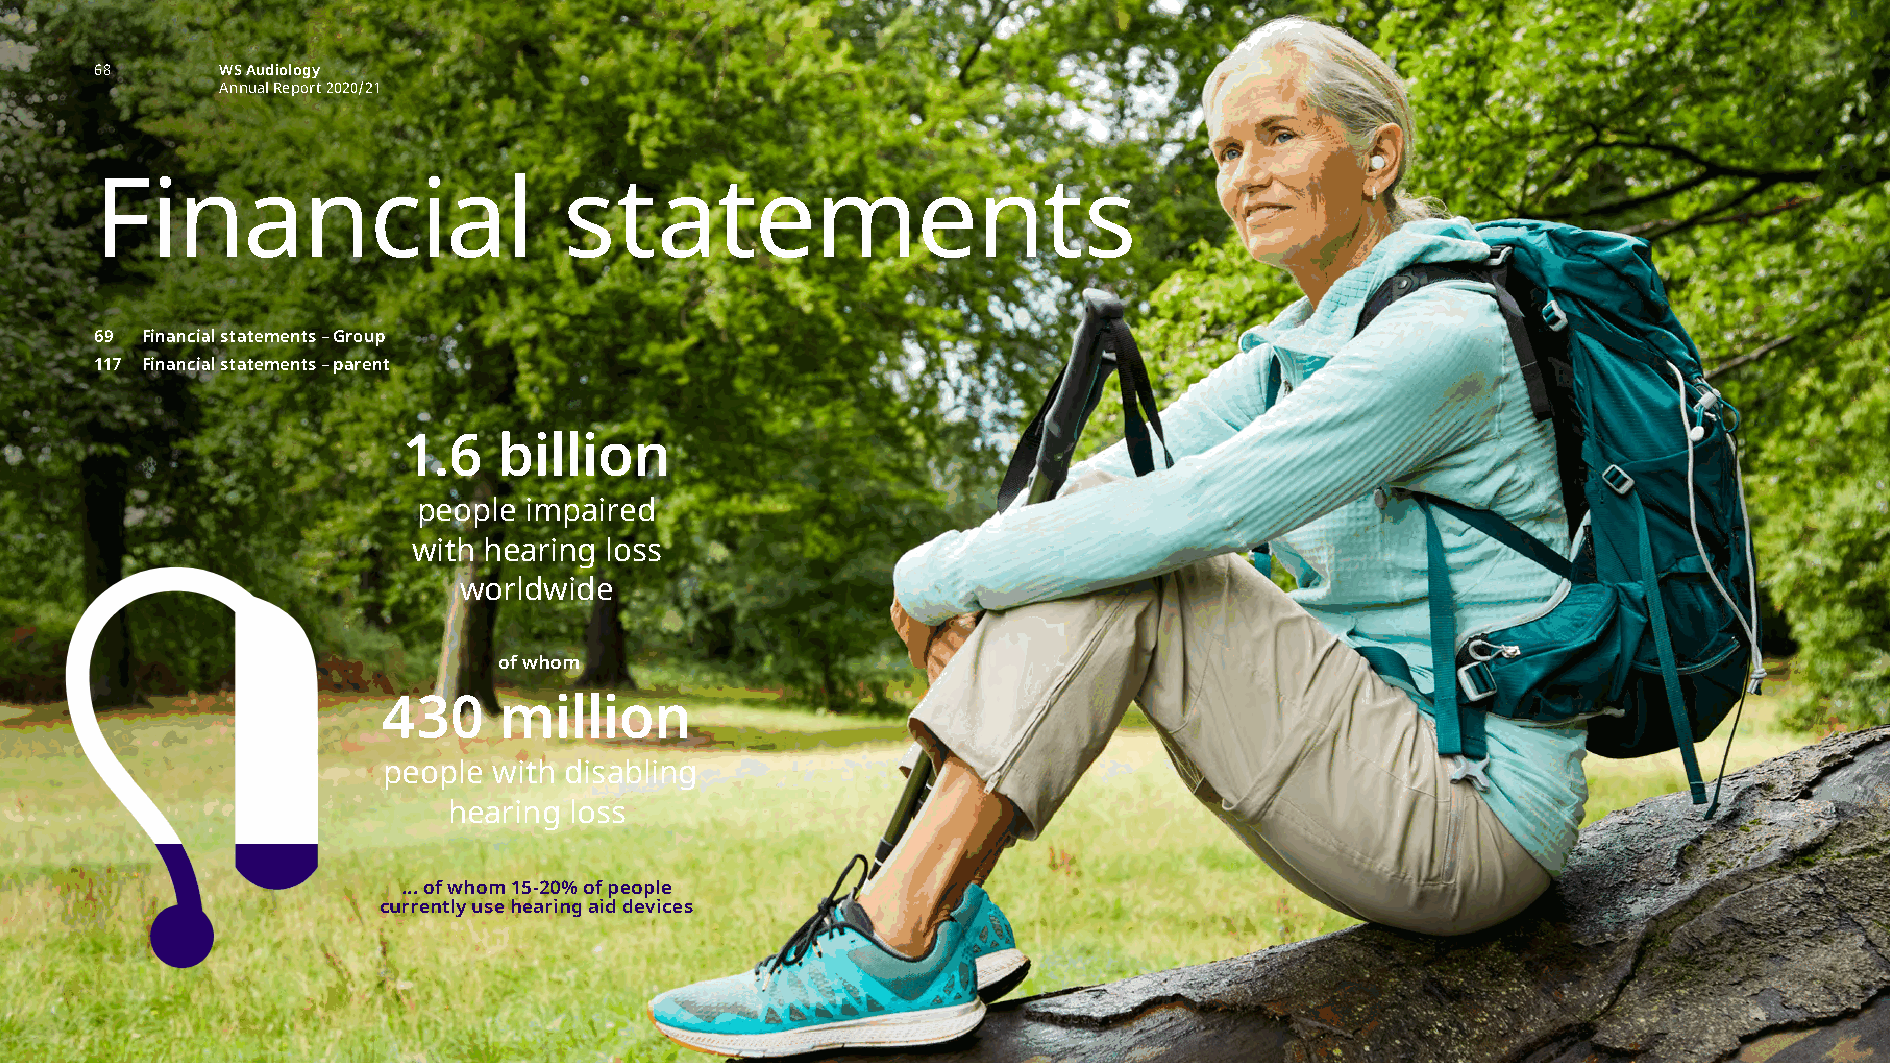
financial statements intro
 68       WS Audiology
 Annual Report 2020/21
 Financial                      statements
 69 Financial statements – Group
 117 Financial statements – parent
 1.6   billion
 people impaired
 with hearing loss
 worldwide
 of whom
 430     million
 people  with disabling
 hearing loss
 ... of whom 15-20% of people
 currently use hearing aid devices